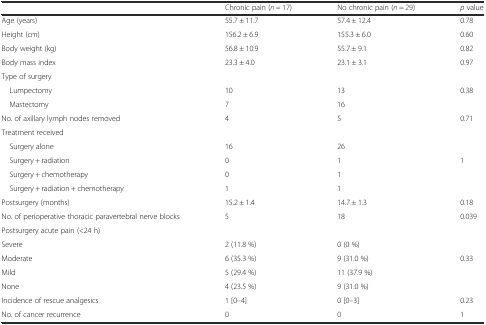
|  | Chronic pain (n = 17) | No chronic pain (n = 29) | p value |
 | --- | --- | --- | --- |
 | Age (years) | 55.7 ± 11.7 | 57.4 ± 12.4 | 0.78 |
 | Height (cm) | 156.2 ± 6.9 | 155.3 ± 6.0 | 0.60 |
 | Body weight (kg) | 56.8 ± 10.9 | 55.7 ± 9.1 | 0.82 |
 | Body mass index | 23.3 ± 4.0 | 23.1 ± 3.1 | 0.97 |
 | <COLSPAN=4> Type of surgery |
 | Lumpectomy | 10 | 13 | 0.38 |
 | Mastectomy | 7 | 16 |  |
 | No. of axillary lymph nodes removed | 4 | 5 | 0.71 |
 | <COLSPAN=4> Treatment received |
 | Surgery alone | 16 | 26 |  |
 | Surgery + radiation | 0 | 1 | 1 |
 | Surgery + chemotherapy | 0 | 1 |  |
 | Surgery + radiation + chemotherapy | 1 | 1 |  |
 | Postsurgery (months) | 15.2 ± 1.4 | 14.7 ± 1.3 | 0.18 |
 | No. of perioperative thoracic paravertebral nerve blocks | 5 | 18 | 0.039 |
 | Postsurgery acute pain (<24 h) |  |  |  |
 | Severe | 2 (11.8 %) | 0 (0 %) |  |
 | Moderate | 6 (35.3 %) | 9 (31.0 %) | 0.33 |
 | Mild | 5 (29.4 %) | 11 (37.9 %) |  |
 | None | 4 (23.5 %) | 9 (31.0 %) |  |
 | Incidence of rescue analgesics | 1 [0–4] | 0 [0–3] | 0.23 |
 | No. of cancer recurrence | 0 | 0 | 1 |